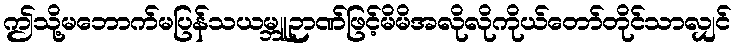
ဤသို့မဘောက်မပြန်သယမ္ဘူဉာဏ်ဖြင့်မိမိအလိုလိုကိုယ်တော်တိုင်သာလျှင်